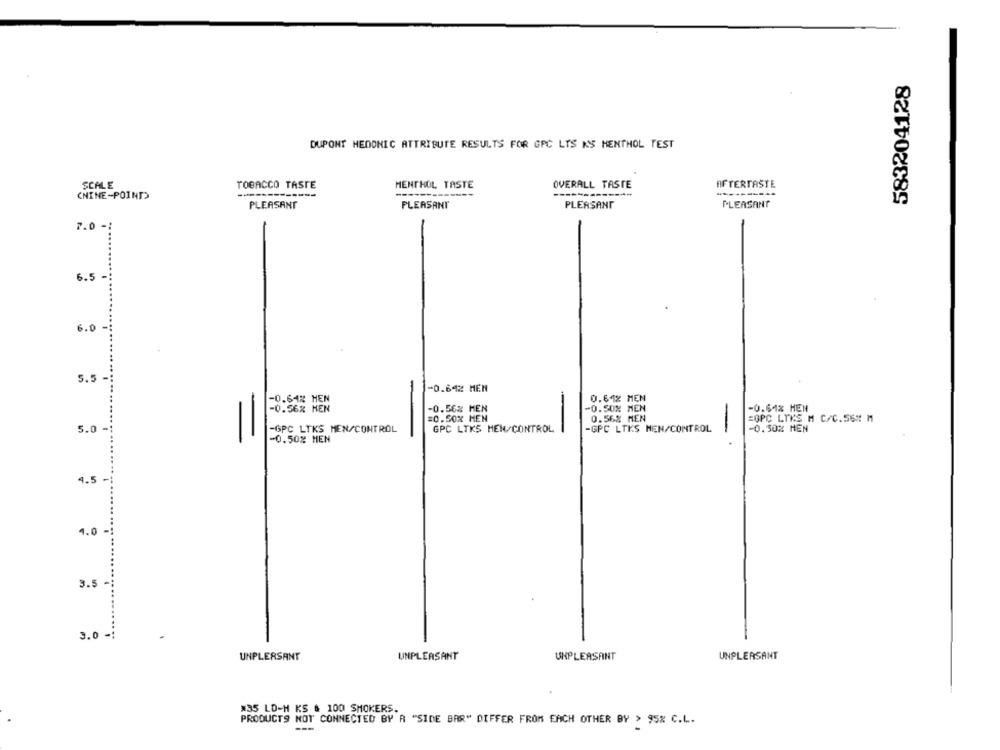
583204128
DUPONT HEDONIC ATTRIBUTE RESULTS FOR GPC LTS KS MENTHOL TEST
SCALE
TOBACCO TASTE
MENTHOL TASTE
OVERALL TASTE
AFTERTASTE
CHINE-POINT
PLEASANT
PLEASANT
PLEASANT
PLEASANT
7.0 -1
6.5-
6.0
5.5
-0.642 MEN
0.64% MEN
-0.64% MEN
-
-0.56% HEN
-0.50% MEN
-0.64% HEN
=0.50% MEN
0.568 MEN
=GPC LTKS M C/C.56# M
GPC LTKS HEN/CONTROL
-GPC LTKS HEN/CONTROL
-0.30% MEN
5.0
=
-GPC LTKS MEN/CONTROL
-
-0.50% MEN
4.5
4.0 -
3.5
3.0 -1
UNPLEASANT
UNPLEASANT
UNPLEASANT
UNPLEASANT
#35 LO-H KS & 100 SMOKERS.
PRODUCTS NOT CONNECTED BY R "SIDE BAR" DIFFER FROM EACH OTHER BY > 95% C.L.